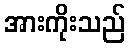
အားကိုးသည်